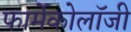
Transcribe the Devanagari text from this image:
फार्मेकोलॉजी